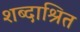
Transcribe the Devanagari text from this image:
शब्दाश्रित